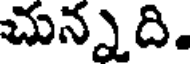
చున్నది.